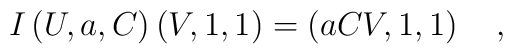
I\left( U,a,C\right) \left( V,1,1\right) =\left(aCV,1,1\right) \quad ,